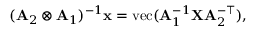
( \mathbf { A } _ { 2 } \otimes \mathbf { A } _ { 1 } ) ^ { - 1 } \mathbf { x } = \mathrm { v e c } ( \mathbf { A } _ { 1 } ^ { - 1 } \mathbf { X } \mathbf { A } _ { 2 } ^ { - \top } ) ,